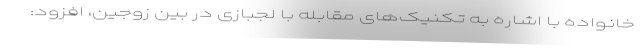
خانواده با اشاره به تکنیک‌های مقابله با لجبازی در بین زوجین، افزود: